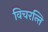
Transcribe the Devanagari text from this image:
विचरन्ति